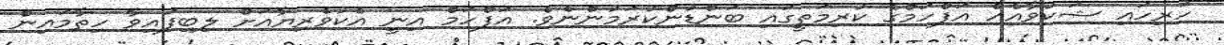
ހުރިހައި ޝަކުވާއެއް އަފްހަމްގެ ކުރިމަތީގައި ބަންޑުންކުރަމުންނެވެ. އަފްހަމް އިނީ އެކުވެރިޔާއަށް ލިބިފައިވާ ހިތާމައިން